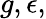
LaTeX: g,\epsilon,